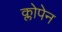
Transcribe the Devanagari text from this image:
क्लोपेन